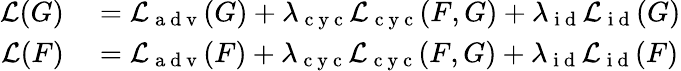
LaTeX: \begin{array}{rl}{\mathcal{L}(G)}&{{}=\mathcal{L}_{\mathrm{~a~d~v~}}(G)+\lambda_{\mathrm{~c~y~c~}}\mathcal{L}_{\mathrm{~c~y~c~}}(F,G)+\lambda_{\mathrm{~i~d~}}\mathcal{L}_{\mathrm{~i~d~}}(G)}\\ {\mathcal{L}(F)}&{{}=\mathcal{L}_{\mathrm{~a~d~v~}}(F)+\lambda_{\mathrm{~c~y~c~}}\mathcal{L}_{\mathrm{~c~y~c~}}(F,G)+\lambda_{\mathrm{~i~d~}}\mathcal{L}_{\mathrm{~i~d~}}(F)}\end{array}